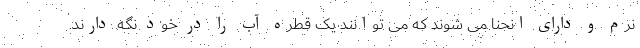
نرم و دارای انحنا می شوند که می توانند یک قطره آب را در خود نگه دارند.